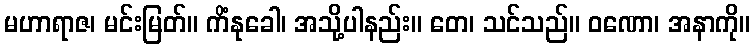
မဟာရာဇ၊ မင်းမြတ်။ ကိံနုခေါ၊ အသို့ပါနည်း။ တေ၊ သင်သည်။ ဝဏော၊ အနာကို။